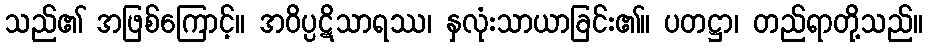
သည်၏ အဖြစ်ကြောင့်။ အဝိပ္ပဋိသာရဿ၊ နှလုံးသာယာခြင်း၏။ ပတဋ္ဌာ၊ တည်ရာတို့သည်။